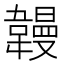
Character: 𫖏